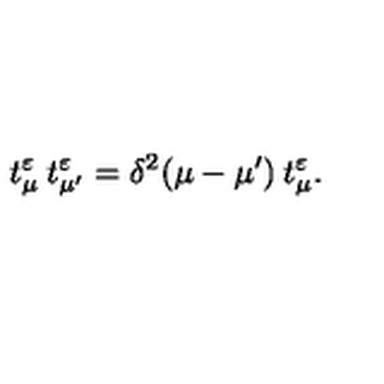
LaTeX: t _ { \mu } ^ { \varepsilon } \: t _ { \mu ^ { \prime } } ^ { \varepsilon } = \delta ^ { 2 } ( \mu - \mu ^ { \prime } ) \: t _ { \mu } ^ { \varepsilon } .